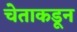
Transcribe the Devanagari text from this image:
चेताकडून